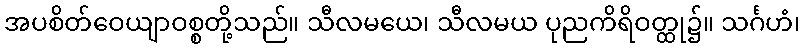
အပစိတ်ဝေယျာဝစ္စတို့သည်။ သီလမယေ၊ သီလမယ ပုညကိရိဝတ္ထု၌။ သင်္ဂဟံ၊